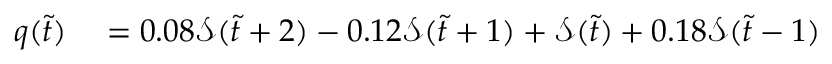
\begin{array} { r l } { q ( \Tilde { t } ) } & { { } = 0 . 0 8 \mathcal { S } ( \Tilde { t } + 2 ) - 0 . 1 2 \mathcal { S } ( \Tilde { t } + 1 ) + \mathcal { S } ( \Tilde { t } ) + 0 . 1 8 \mathcal { S } ( \Tilde { t } - 1 ) } \end{array}